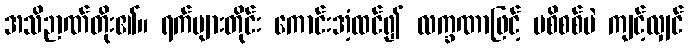
အသိဉာဏ်တိုး၏။ ရက်များတိုင်း ကောင်းအံ့ထင်၍ လက္ခဏာဖြင့် မစိစစ်ပဲ ကျင့်လျှင်